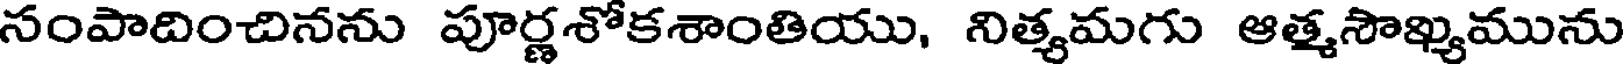
సంపాదించినను పూర్ణశోకశాంతియు, నిత్యమగు ఆత్మసౌఖ్యమును